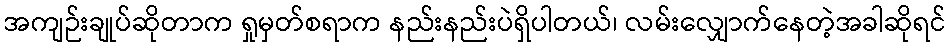
အကျဉ်းချုပ်ဆိုတာက ရှုမှတ်စရာက နည်းနည်းပဲရှိပါတယ်၊ လမ်းလျှောက်နေတဲ့အခါဆိုရင်